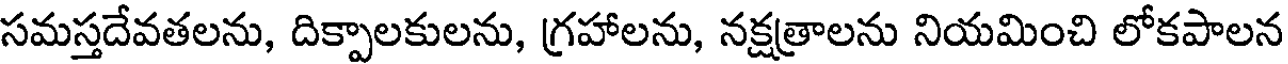
సమస్తదేవతలను, దిక్పాలకులను, గ్రహాలను, నక్షత్రాలను నియమించి లోకపాలన